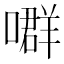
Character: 𡀳